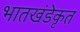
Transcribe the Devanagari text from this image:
भातखंडेकृत